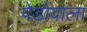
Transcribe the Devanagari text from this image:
पेड़ोंवाला